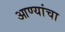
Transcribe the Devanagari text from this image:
आण्यांचा